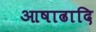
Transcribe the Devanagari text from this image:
आषाढादि